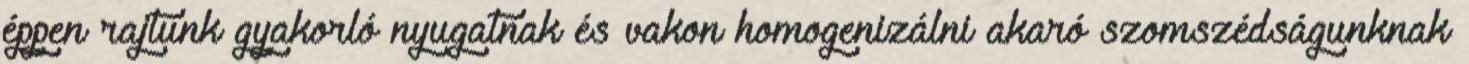
éppen rajtunk gyakorló nyugatnak és vakon homogenizálni akaró szomszédságunknak